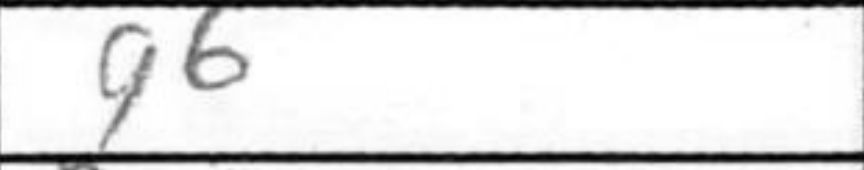
Transcription: g6